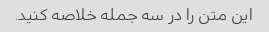
این متن را در سه جمله خلاصه کنید.